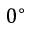
0 ^ { \circ }